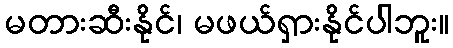
မတားဆီးနိုင်၊ မဖယ်ရှားနိုင်ပါဘူး။